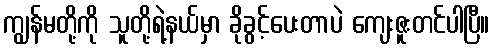
ကျွန်မတို့ကို သူတို့ရဲ့နယ်မှာ ခိုခွင့်ပေးတာပဲ ကျေးဇူးတင်ပါပြီ။